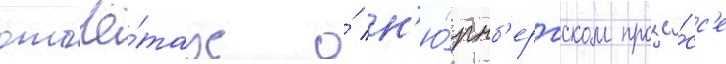
отчё́тах о́ н'ю́рнб'ергском проце́сс'е